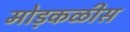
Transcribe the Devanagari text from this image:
मोड़कळीस